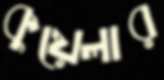
কুয়েলার